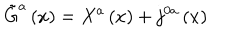
\tilde { G } ^ { a } \left( x \right) = X ^ { a } \left( x \right) + j ^ { 0 a } \left( x \right)